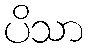
ပိသာ